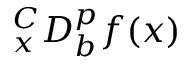
{ } _ { x } ^ { C } D _ { b } ^ { p } f ( x )